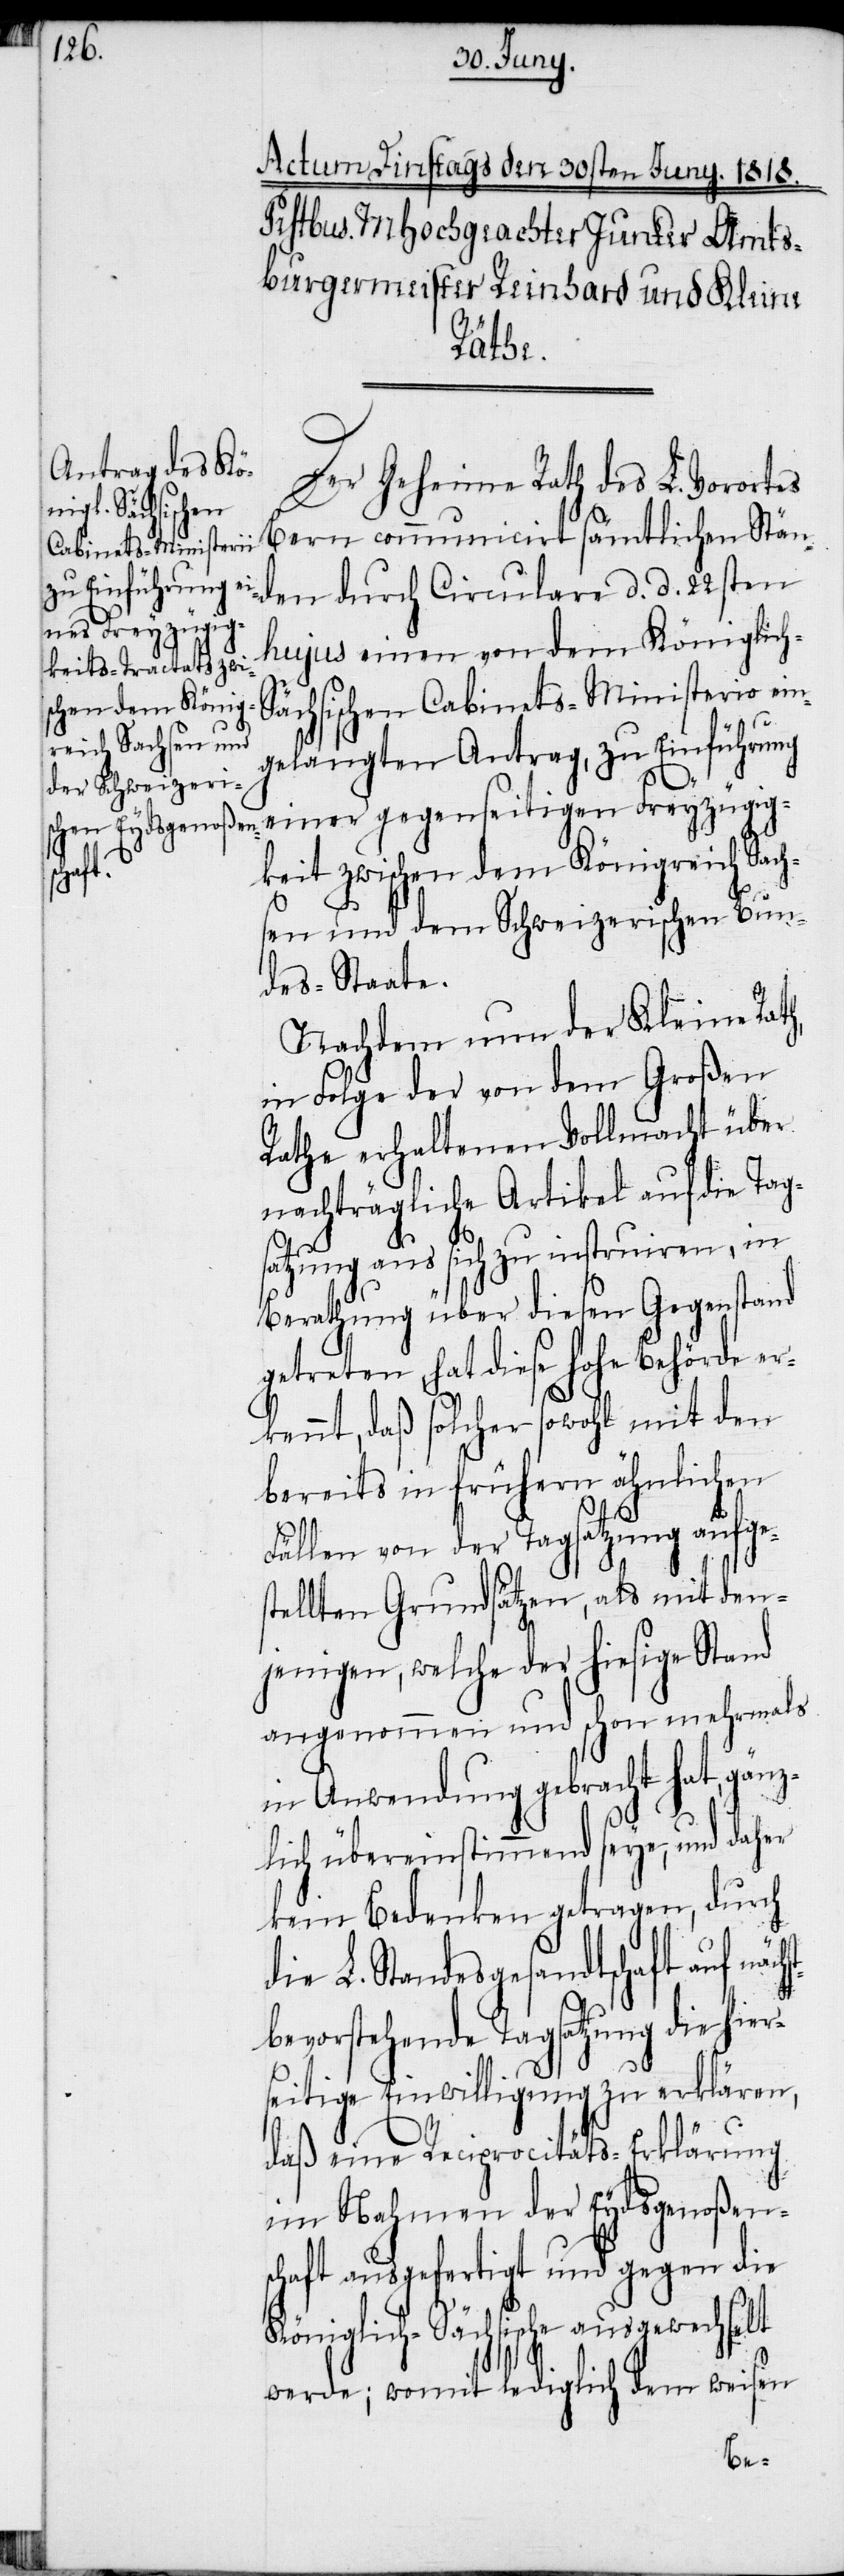
hst¬

Der Geheime Rath des L. Vorortes
Bern communicirt sämtlichen Stän¬
den durch Circulare d. d. 22sten
hujus einen von dem Königlic¬
ächsischen Cabinets-Ministerio ein¬
gelangten Antrag, zu Einführung
einer gegenseitigen Freyzügig¬
keit zwischen dem Königreich Sach¬
sen und dem Schweizerischen Bun¬
des-Staate.
Nachdem nun der Kleine Rath,
in Folge der von dem Großen
Rathe erhaltenen Vollmacht über
nachträgliche Artikel auf die Tag¬
satzung aus sich zu instruiren, in
Berathung über diesen Gegenstand
getreten, hat diese hohe Behörde er¬
kennt, daß solcher sowohl mit den
bereits in frühern ähnlichen
Fällen von der Tagsatzung aufges¬
tellten Grundsätzen, als mit den¬
jenigen, welche der hiesige Stand
angenommen und schon mehrmals
in Anwendung gebracht hat, gänz¬
lich übereinstimmend seye, und daher
kein Bedenken getragen, durch
die L. Standesgesandtschaft auf näc¬
bevorstehende Tagsatzung die hier¬
seitige Einwilligung zu erklären,
daß eine Reciprocitäts-Erklärung
im Nahmen der Eydsgenoßens¬
chaft ausgefertigt und gegen die
Königlich-Sächsische ausgewechselt
werde; womit lediglich dem weisen